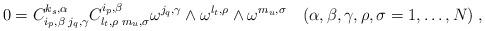
LaTeX: \begin{align*}0 = C_{i_p,\beta\;j_q,\gamma}^{k_s,\alpha} C_{l_t,\rho\;m_u,\sigma}^{i_p,\beta}\omega^{j_q,\gamma}\wedge\omega^{l_t,\rho}\wedge\omega^{m_u,\sigma} \quad(\alpha,\beta,\gamma,\rho,\sigma=1,\ldots,N)\;,\end{align*}